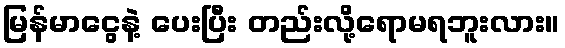
မြန်မာငွေနဲ့ ပေးပြီး တည်းလို့ရောမရဘူးလား။